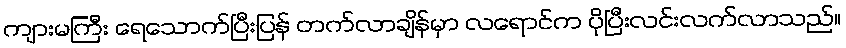
ကျားမကြီး ရေသောက်ပြီးပြန် တက်လာချိန်မှာ လရောင်က ပိုပြီးလင်းလက်လာသည်။